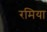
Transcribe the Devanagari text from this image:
रमिया